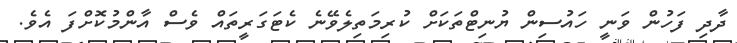
ދާދި ފަހުން ވަނީ ހައުސިން ޔުނިޓްތަކަށް ކުރިމަތިލެވޭނެ ކެޓަގަރީތައް ވެސް އާންމުކޮށްފަ އެވެ.